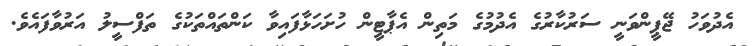
އެދުވަހު ޖޭޕީންވަނީ ސަރުކާރުގެ އެދުމުގެ މަތިން އެޕާޓީން ހުށަހަޅާފައިވާ ކަންތައްތަކުގެ ތަފްސީލު އަރުވާފައެވެ.